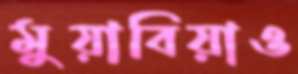
মুয়াবিয়াও